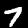
Digit: 7